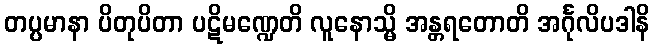
တပ္ပမာနာ ပိတုပိတာ ပဋိမဏ္ဍေတိ လူနောသ္မိ အန္တရတောတိ အင်္ဂုလိပဒါနိ